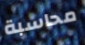
محاسبة